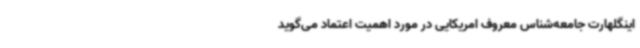
اینگلهارت جامعه‌شناس معروف امریکایی در مورد اهمیت اعتماد می‌گوید